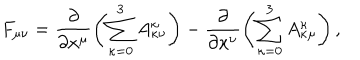
F _ { \mu \nu } = \frac { \partial } { \partial x ^ { \mu } } \left( \sum _ { \kappa = 0 } ^ { 3 } A _ { \kappa \nu } ^ { \kappa } \right) - \frac { \partial } { \partial x ^ { \nu } } \left( \sum _ { \kappa = 0 } ^ { 3 } A _ { \kappa \mu } ^ { \kappa } \right) ,